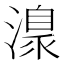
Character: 𣽍